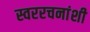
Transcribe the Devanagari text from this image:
स्वररचनांशी